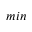
m i n